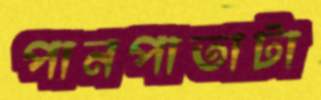
পানপাতাটা